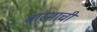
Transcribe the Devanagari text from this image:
बास्माची